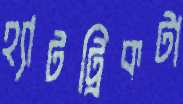
হ্যাটট্রিকটা